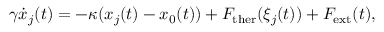
\gamma \dot { x } _ { j } ( t ) = - \kappa ( x _ { j } ( t ) - x _ { 0 } ( t ) ) + F _ { \mathrm { t h e r } } ( \xi _ { j } ( t ) ) + F _ { \mathrm { e x t } } ( t ) ,